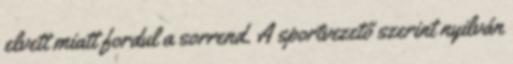
elvett miatt fordul a sorrend. A sportvezető szerint nyilván